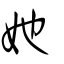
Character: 她